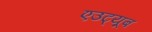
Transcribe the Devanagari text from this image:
एउट्यूब